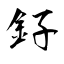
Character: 釨